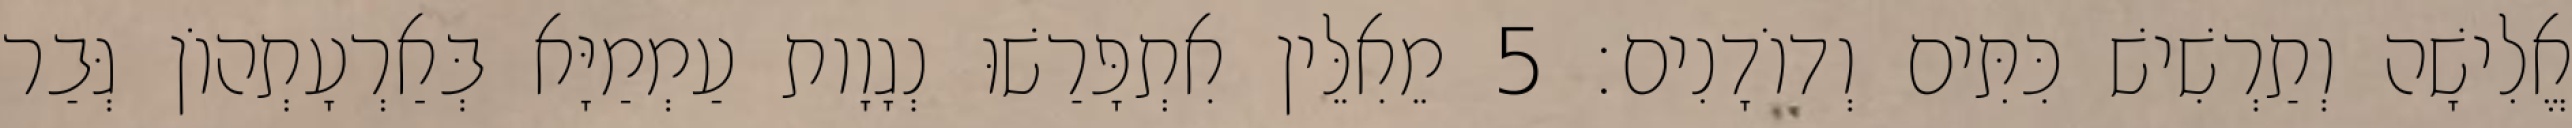
אֱלִישָׁה וְתַרְשִׁישׁ כִּתִּים וְדוֹדָנִים׃ 5 מֵאִלֵּין אִתְפָּרַשׁוּ נְגָוָות עַמְמַיָּא בְּאַרְעָתְהוֹן גְּבַר